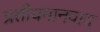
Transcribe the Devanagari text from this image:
प्रतीयमानवाद